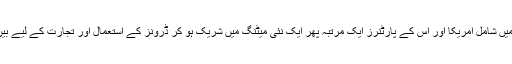
ٹونر نے یہ بھی کہا کہ اگلے برس اِس مشترکہ ڈیل میں شامل امریکا اور اُس کے پارٹنرز ایک مرتبہ پھر ایک نئی میٹنگ میں شریک ہو کر ڈرونز کے استعمال اور تجارت کے لیے بین الاقوامی معیارات کی تفصیلات کو طے کریں گے۔